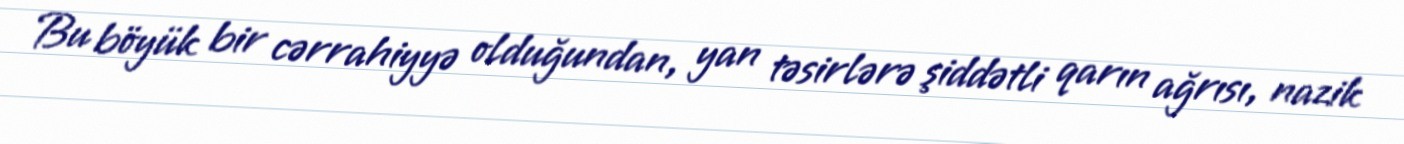
Bu böyük bir cərrahiyyə olduğundan, yan təsirlərə şiddətli qarın ağrısı, nazik